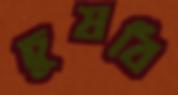
চুষবি